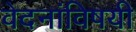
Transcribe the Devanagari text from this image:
वेदनांविषयी